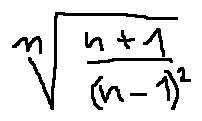
\sqrt [ n ] { \frac { n + 1 } { ( n - 1 ) ^ { 2 } } }